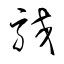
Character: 駮